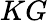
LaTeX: KG